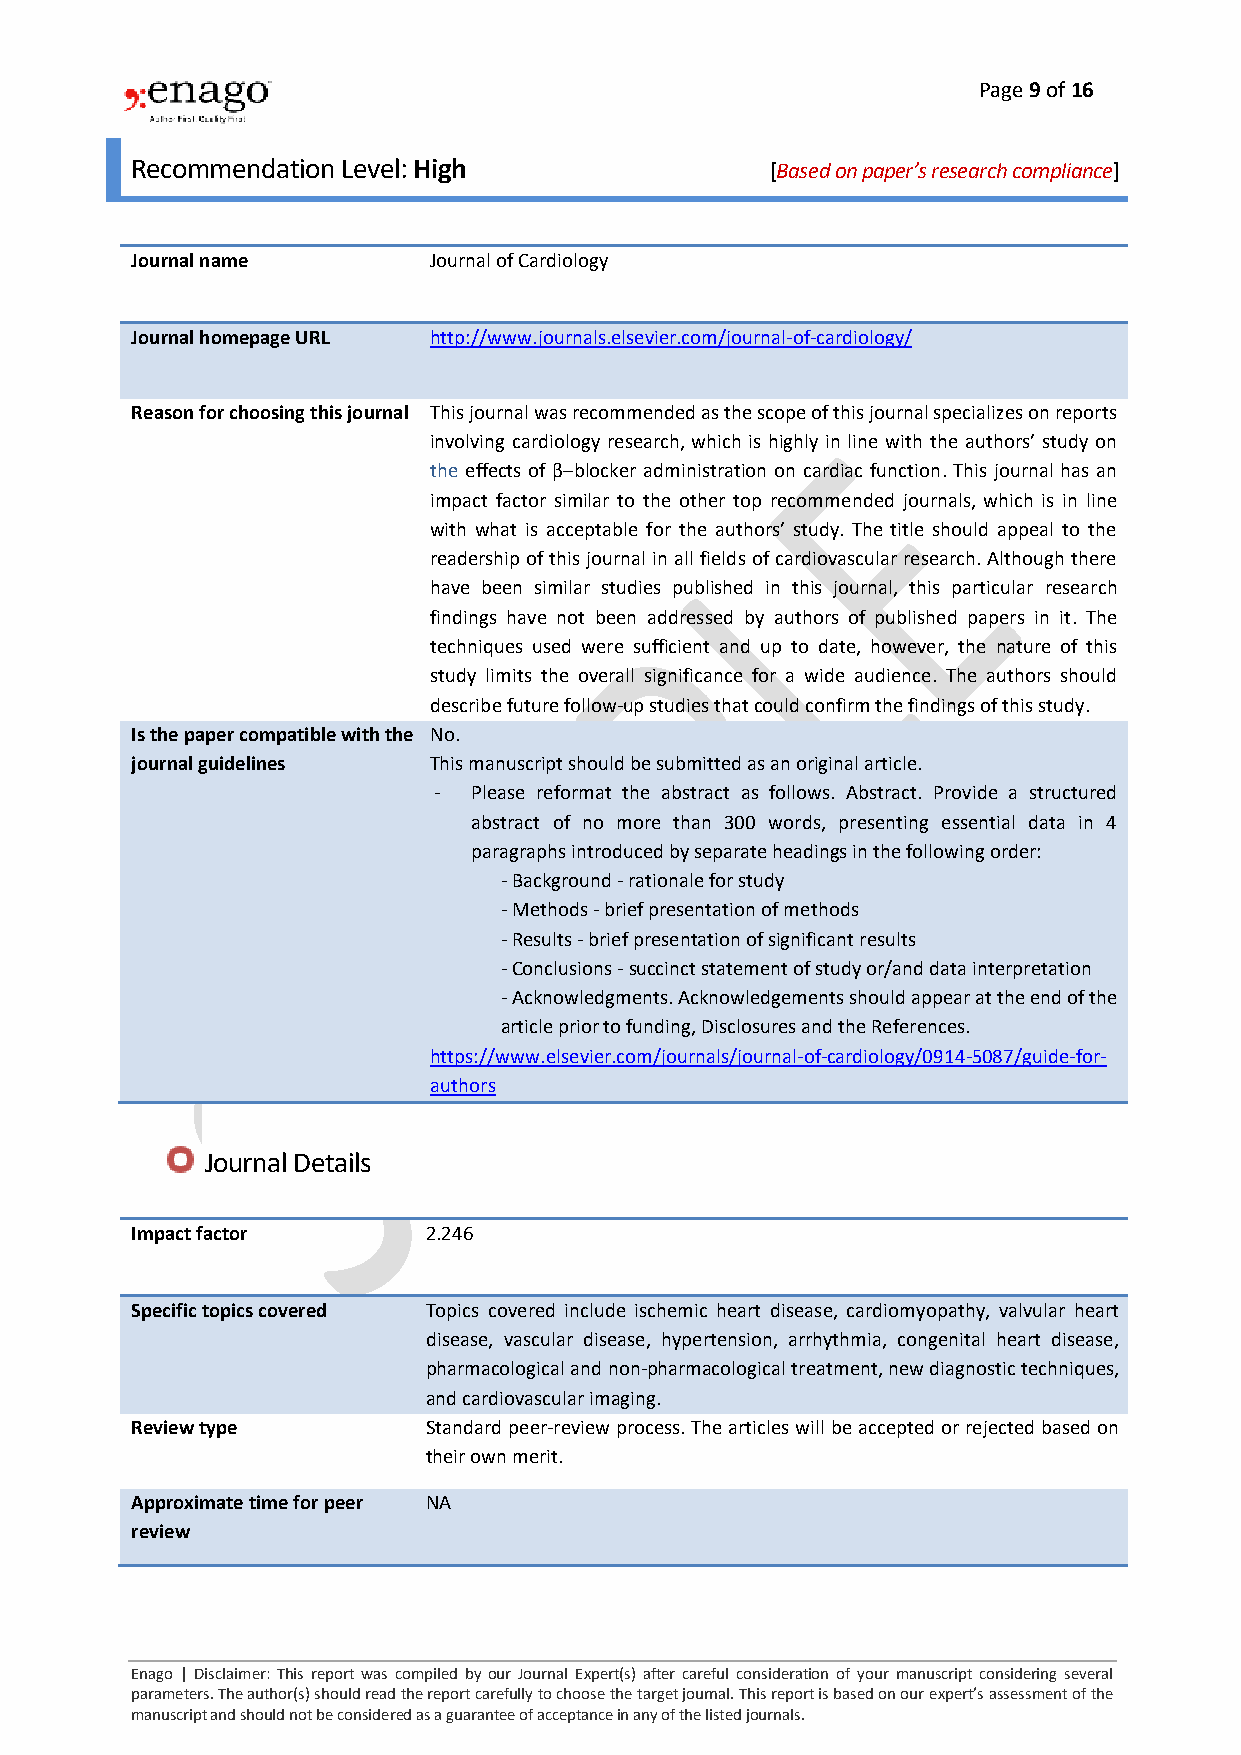
Page 9 of 16
 Recommendation Level: High                [Based on paper’s research compliance]
 Journal name       Journal of Cardiology
 Journal homepage URL http://www.journals.elsevier.com/journal-of-cardiology/
 Reason for choosing this journal This journal was recommended as the scope of this journal specializes on reports
 involving cardiology research, which is highly in line with the authors’ study on
 the effects of β‒blocker administration on cardiac function. This journal has an
 impact factor similar to the other top recommended journals, which is in line
 with what is acceptable for the authors’ study. The title should appeal to the
 readership of this journal in all fields of cardiovascular research. Although there
 have been similar studies published in this journal, this particular research
 findings have not been addressed by authors of published papers in it. The
 techniques used were sufficient and up to date, however, the nature of this
 study limits the overall significance for a wide audience. The authors should
 describe future follow-up studies that could confirm the findings of this study.
 Is the paper compatible with the No.
 journal guidelines This manuscript should be submitted as an original article.
 - Please reformat the abstract as follows. Abstract. Provide a structured
 abstract of no more than 300 words, presenting essential data in 4
 paragraphs introduced by separate headings in the following order:
 - Background - rationale for study
 - Methods - brief presentation of methods
 - Results - brief presentation of significant results
 - Conclusions - succinct statement of study or/and data interpretation
 - Acknowledgments. Acknowledgements should appear at the end of the
 article prior to funding, Disclosures and the References.
 https://www.elsevier.com/journals/journal-of-cardiology/0914-5087/guide-for-
 authors
 Journal Details
 Impact factor      2.246
 Specific topics covered Topics covered include ischemic heart disease, cardiomyopathy, valvular heart
 disease, vascular disease, hypertension, arrhythmia, congenital heart disease,
 pharmacological and non-pharmacological treatment, new diagnostic techniques,
 and cardiovascular imaging.
 Review type        Standard peer-review process. The articles will be accepted or rejected based on
 their own merit.
 Approximate time for peer NA
 review
 Enago | Disclaimer: This report was compiled by our Journal Expert(s) after careful consideration of your manuscript considering several
 parameters. The author(s) should read the report carefully to choose the target journal. This report is based on our expert’s assessment of the
 manuscript and should not be considered as a guarantee of acceptance in any of the listed journals.